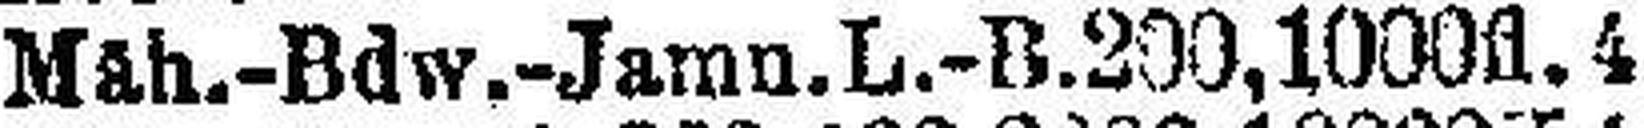
Mäh.-Bdw.-Jamn. L.-B. 200,1000 fl. 4